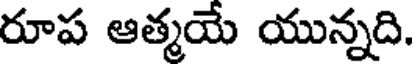
రూప ఆత్మయే యున్నది.